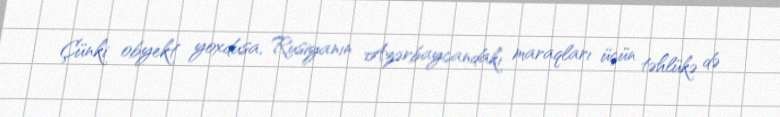
Çünki obyekt yoxdusa, Rusiyanın Azərbaycandakı maraqları üçün təhlükə də